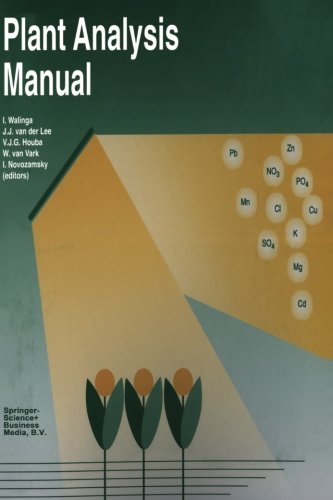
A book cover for Plant Analysis Manual; I. Walinga; Science & Math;